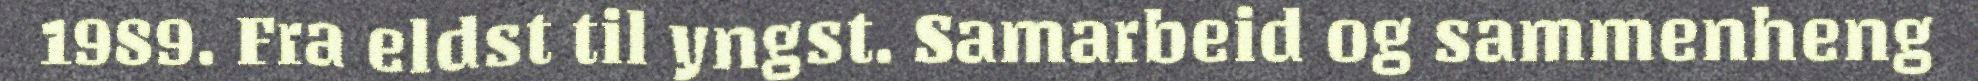
1989. Fra eldst til yngst. Samarbeid og sammenheng